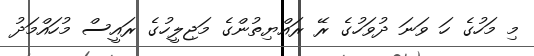
މި މަހުގެ ހަ ވަނަ ދުވަހުގެ ރޭ ރައްޔިތުންގެ މަޖިލީހުގެ ރައީސް މުހައްމަދު